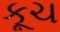
કૂચ